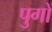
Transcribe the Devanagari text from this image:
पुगों